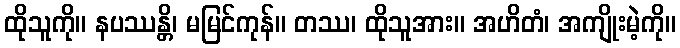
ထိုသူကို။ နပဿန္တိ၊ မမြင်ကုန်။ တဿ၊ ထိုသူအား။ အဟိတံ၊ အကျိုးမဲ့ကို။